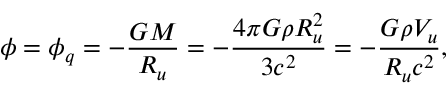
\phi = \phi _ { q } = - \frac { G M } { R _ { u } } = - \frac { 4 \pi G \rho R _ { u } ^ { 2 } } { 3 c ^ { 2 } } = - \frac { G \rho V _ { u } } { R _ { u } c ^ { 2 } } ,